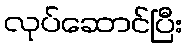
လုပ်ဆောင်ပြီး